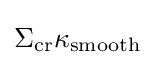
\Sigma _{\rm {cr}}\kappa _{\rm {smooth}}